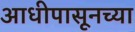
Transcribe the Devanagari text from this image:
आधीपासूनच्या